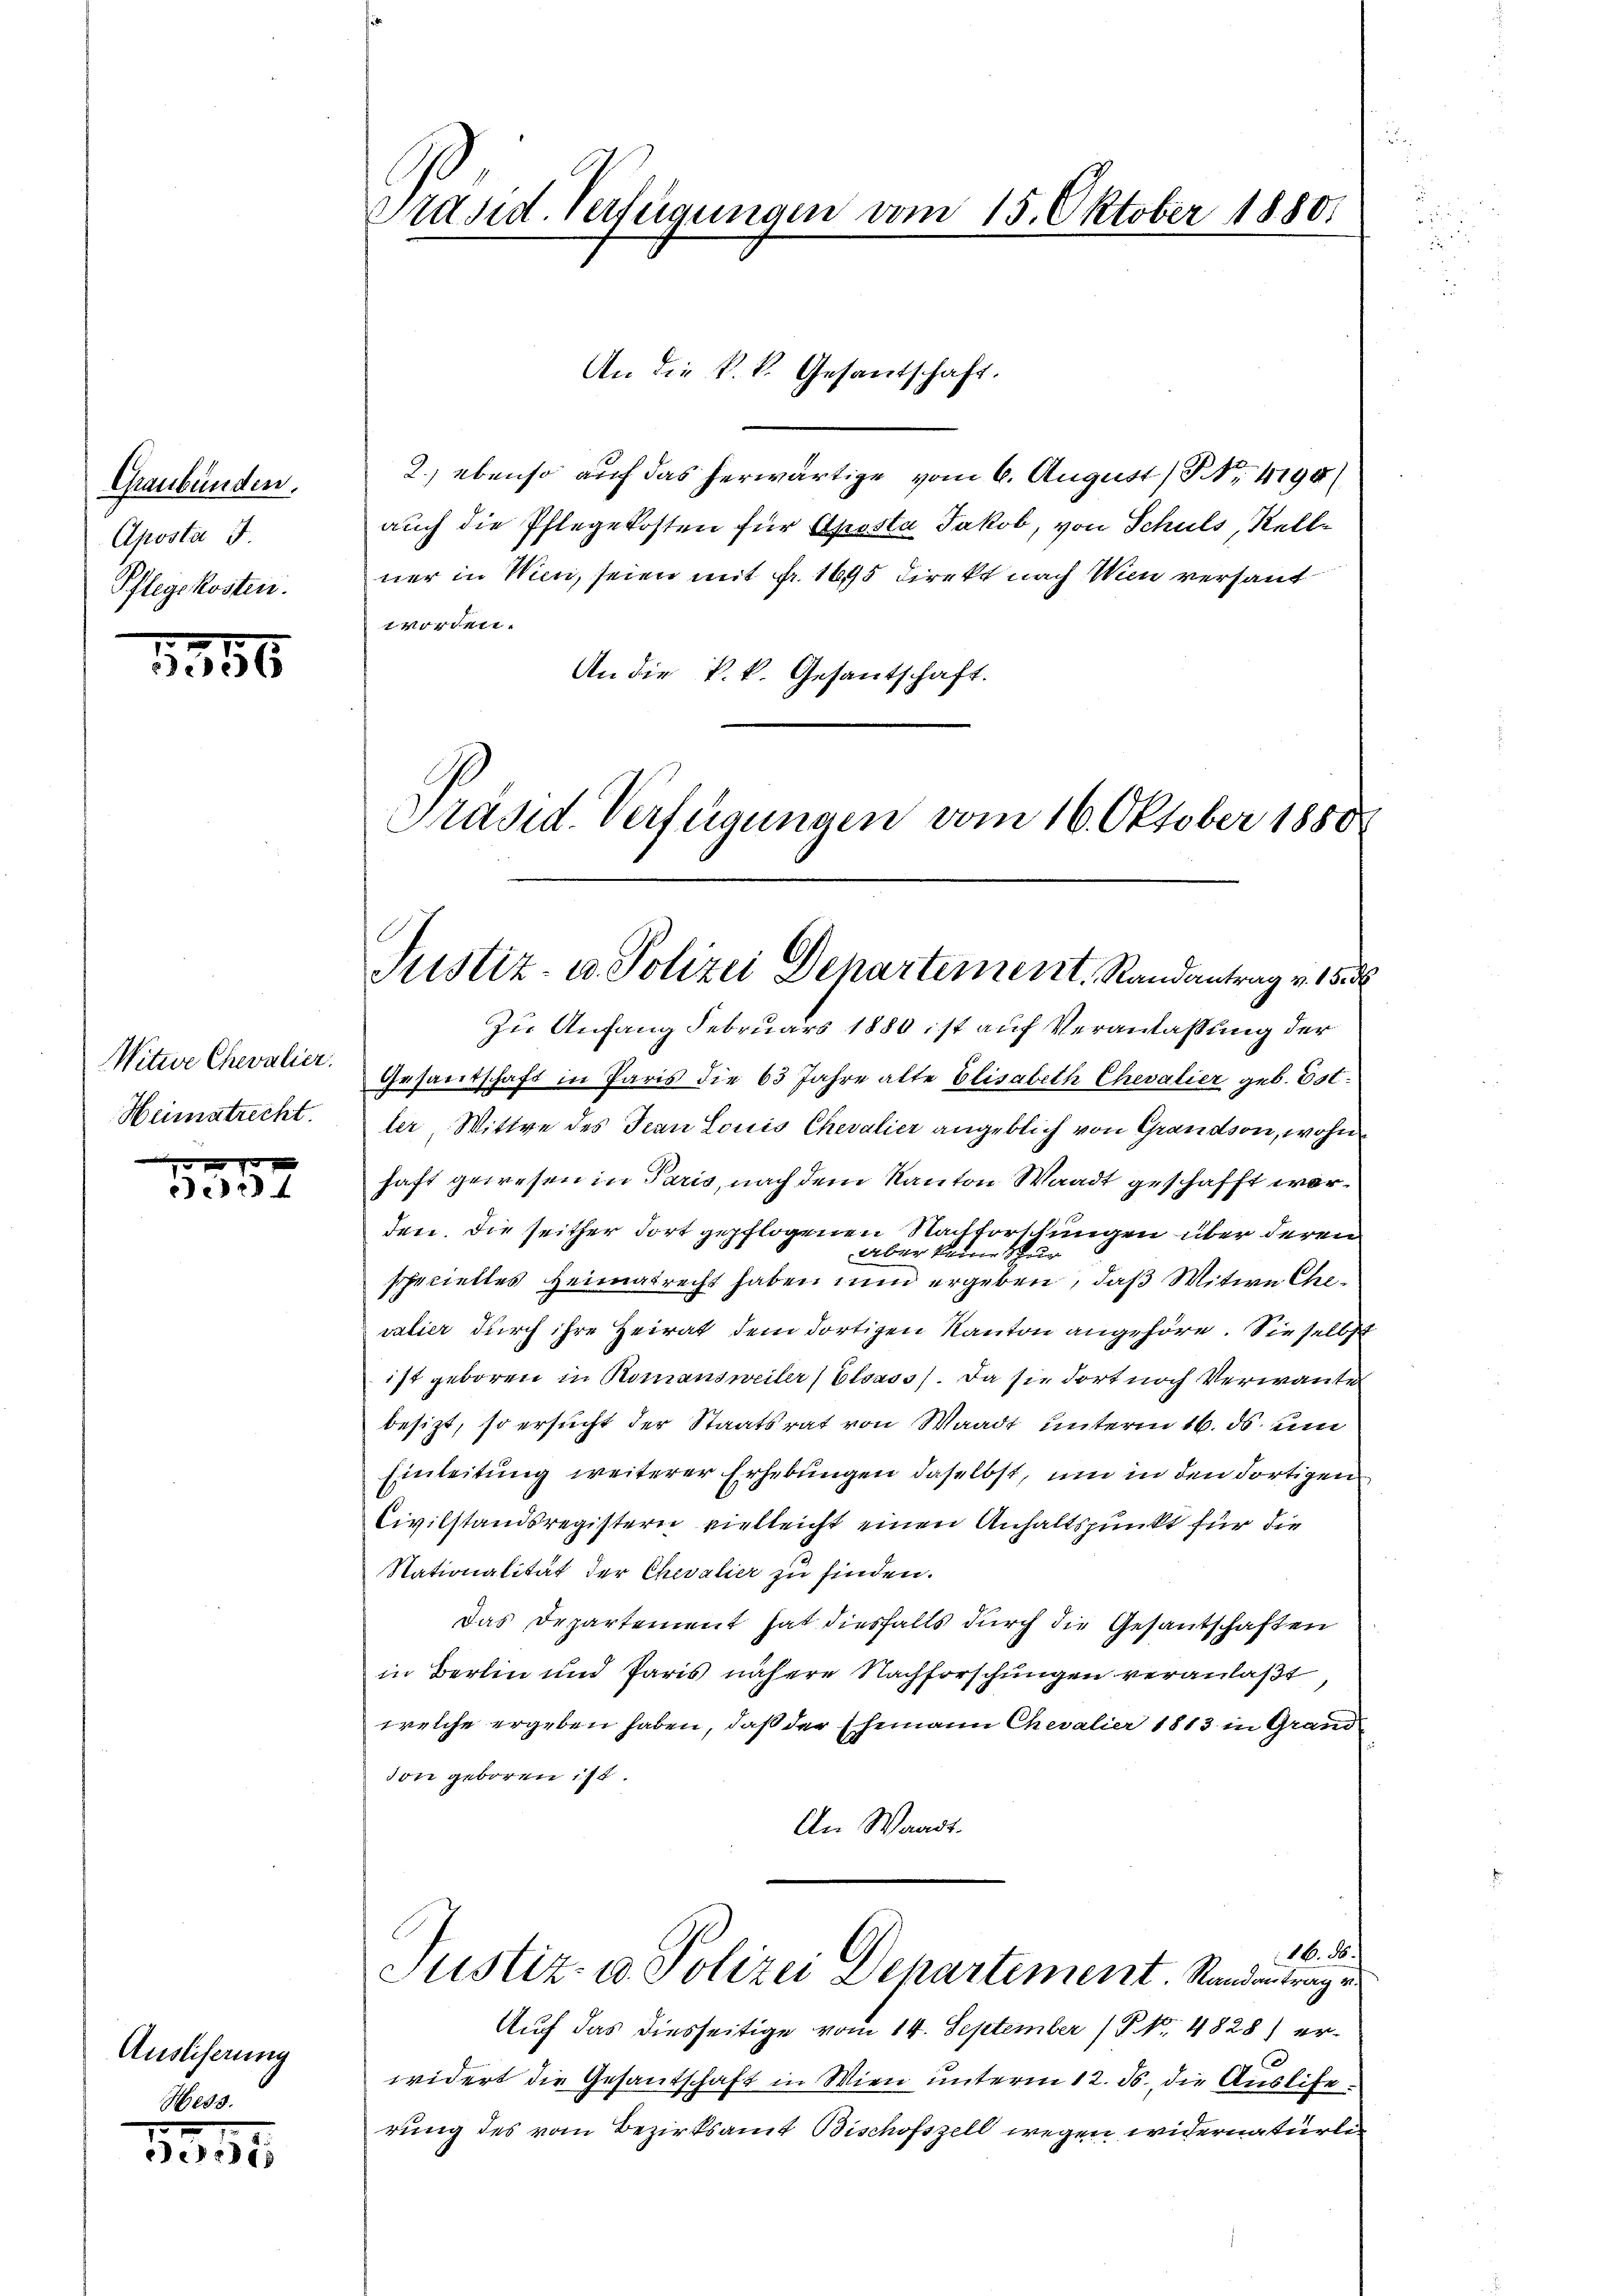
Graubünden.
Aposta
Pflegekosten.

1756

Witwe Chevalier.
Heimatrecht.

40 x
e

Ausliserung

35.

Präsid Verfügungen vom 15. Oktober 1880.

An die k. k. Gesantschaft.
2) ebenso auf das herwärtige vom 6. August / NNo. 4198/
auch die Pflegekosten für Aposta Jakob, von Schuls, Stelle
ner in Wien, seien mit Fr. 1645 direkt nach Wien versand
worden.
An die k.k. Gesantschaft.

Präsid. Verfügungen vom 16. Oktober 1880
Justiz- u. Polizei Departement, Randantrag v. 15

Zu Anfang Februars 1880 ist auf Veranlaßung der
Gesandschaft in Paris die 63 Jahre alte Elisabeth Chevalier geb. Est
ler, Wittwe des Jean Louis Chevalier angeblich von Grandson, wohn
haft gewesen in Paris, nach dem Kanton Waadt geschafft warden. Die seither dort gepflogenen Stattorttungen über deren
aber keine Schur
specielles Heimatrecht haben nun ergeben, daß Witwe Chevalier durch ihre Heirat dem dortigen Kanton angehöre. Sie selbst
ist geboren in Romansweiler / Elsass. Da sie dort noch Verwanten
besizt, so ersucht der Staatsrat von Waadt unterm 16. ds um
Einleitung weiterer Erhebungen daselbst, um in den dortigen
Civilstandsregistern vielleicht einen Anhaltspunkt für die
Stationalität der Chevalier zu finden.
Das Departement hat diesfalls durch die Gesantschaften
in Berlin und Paris nähere Nachforschungen veranlaßt
welche ergeben haben, daß der Ehemann Chevalier 1813 in Grand
don geboren ist.
An Waadt.
16. ds.
Justiz- u. Polizei Departement. Randentrag er
Auf das diesseitige vom 14. September (T. No. 4828) er¬

widert die Gesandschaft in Wien unterm 12. ds., die Auslierung des vom Bezirksamt Bischofszell wegen widernaturle